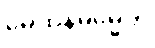
မေထုနဓမ္မေတိ